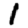
Digit: 1